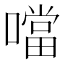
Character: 噹